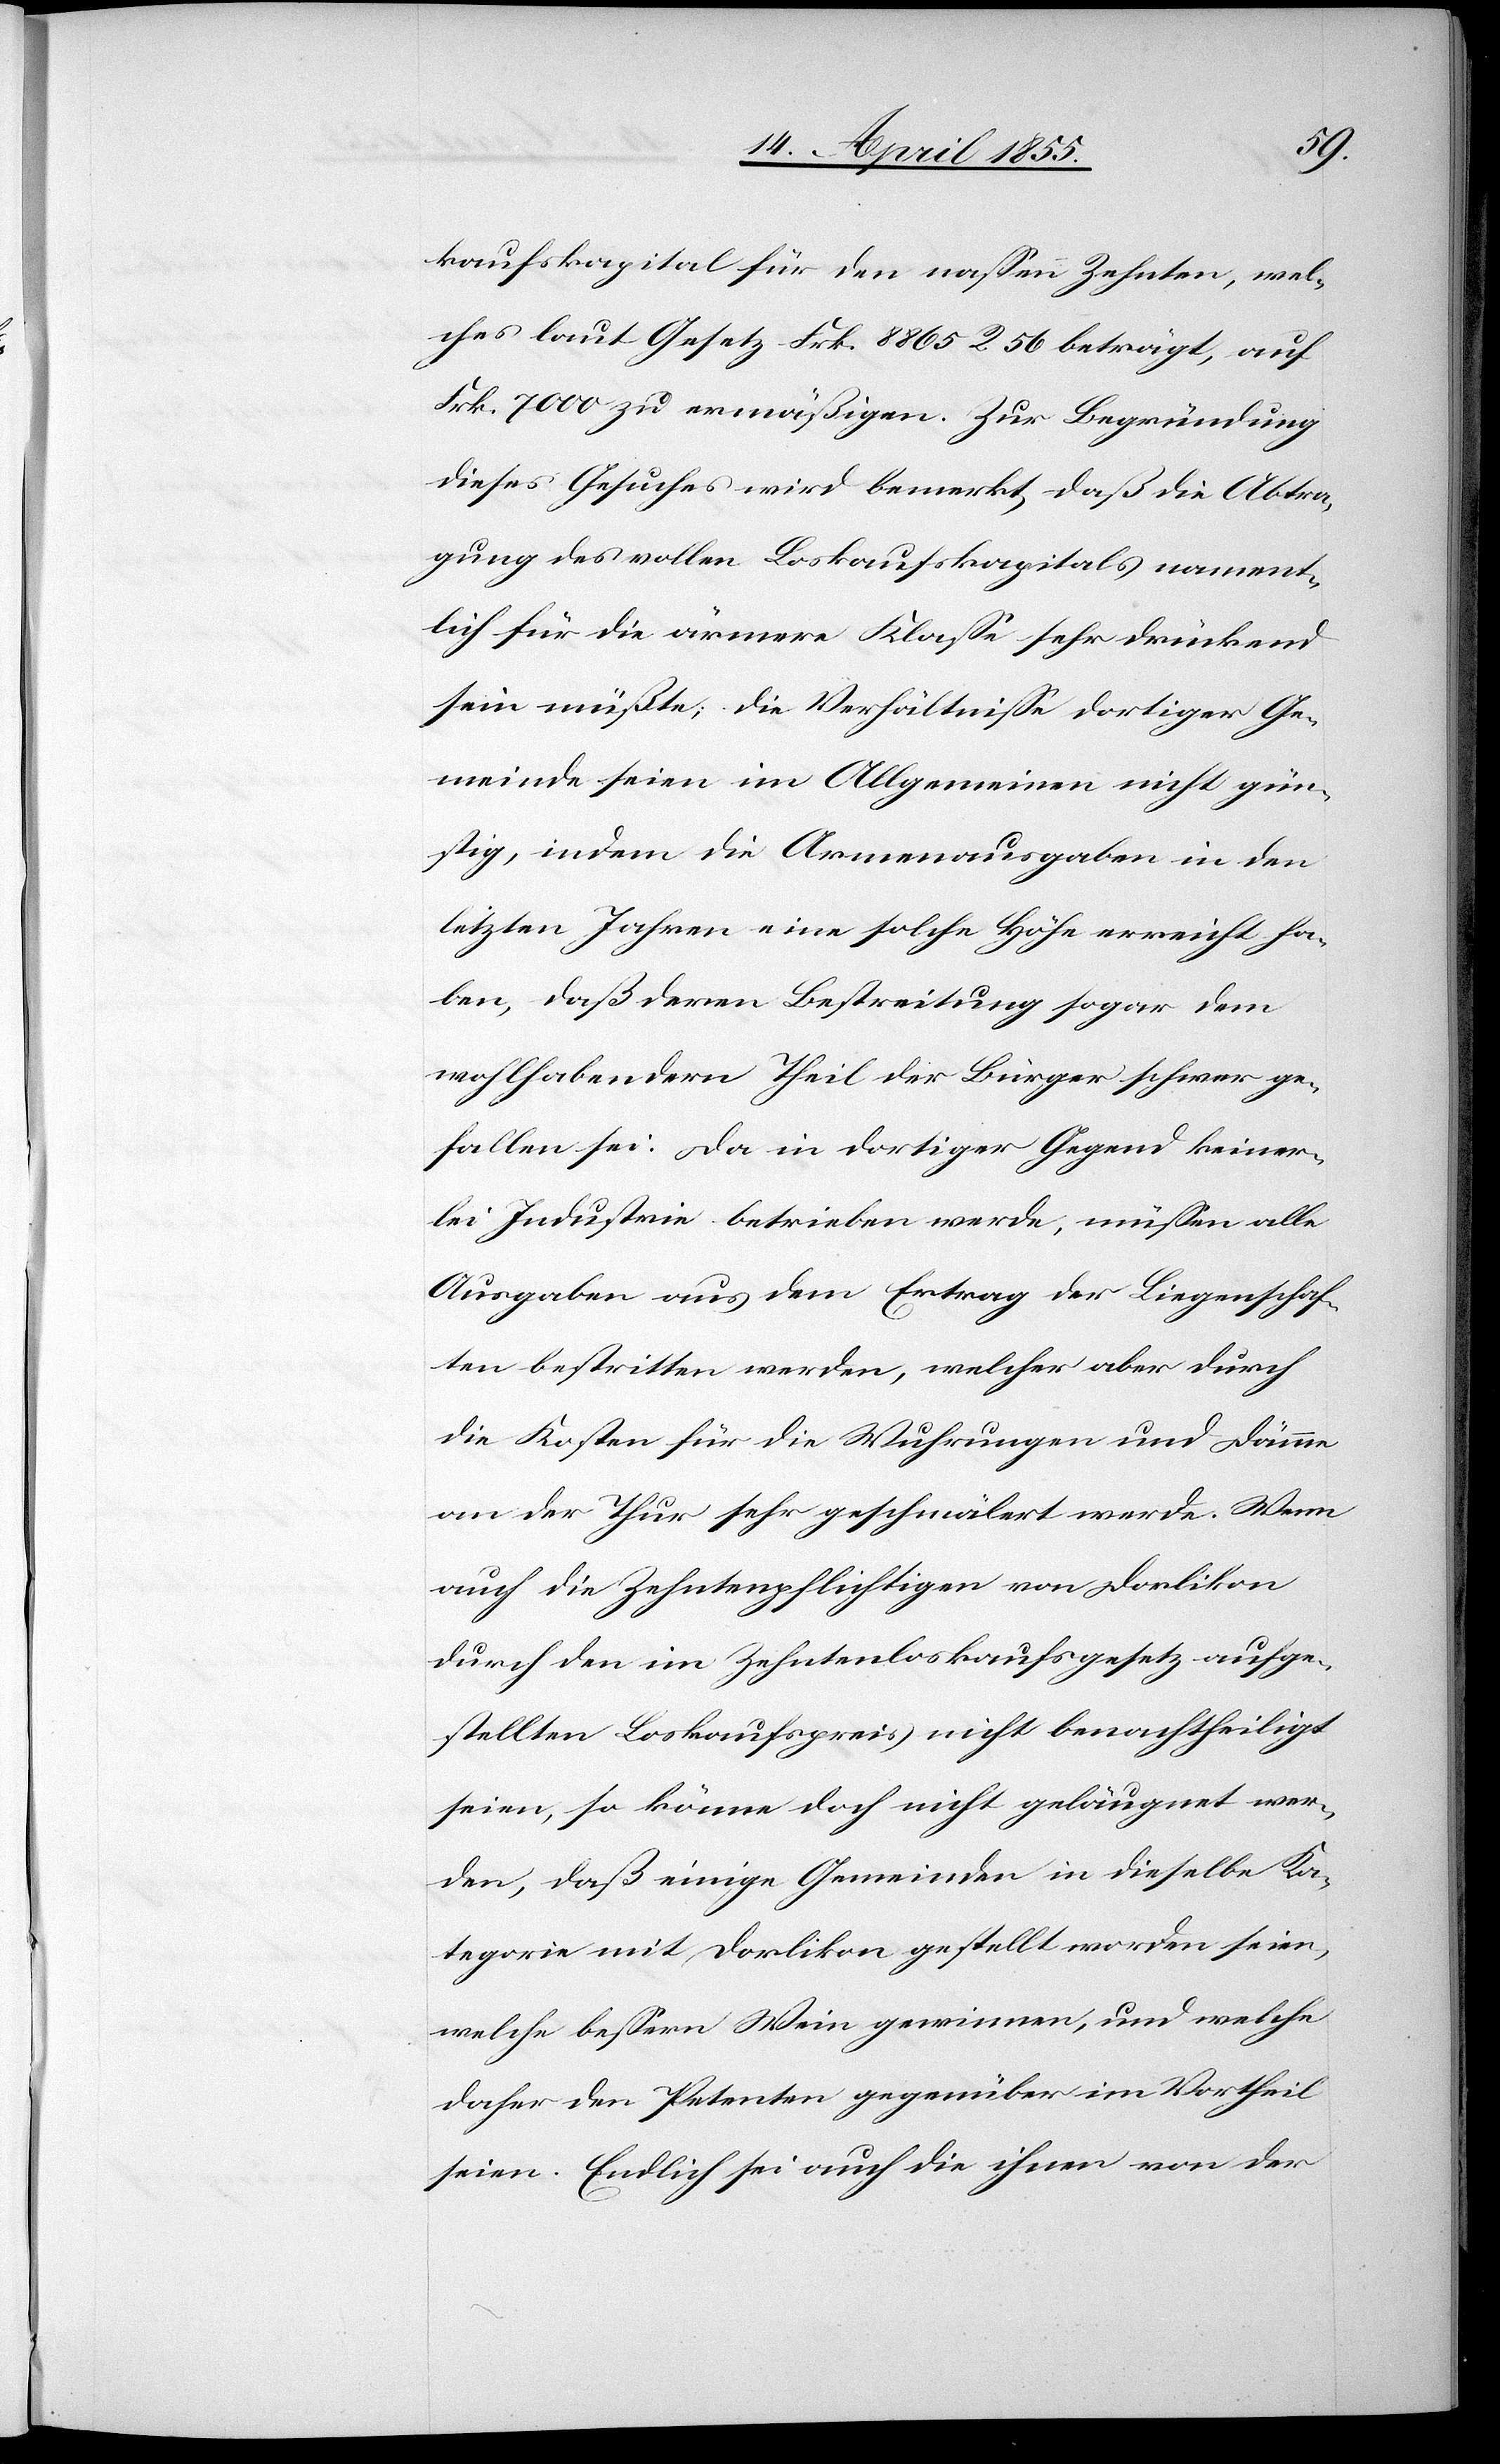
kaufskapital für den nassen Zehnten, wel¬
ches laut Gesetz Frk. 8865 R. 56 beträgt, auf
Frk. 7000 zu ermäßigen. Zur Begründung
dieses Gesuches wird bemerkt, daß die Abtra¬
gung des vollen Loskaufskapitals nament¬
lich für die ärmere Klasse sehr drückend
sein müßte; die Verhältnisse dortiger Ge¬
meinde seien im Allgemeinen nicht gün¬
stig, indem die Armenausgaben in den
letzten Jahren eine solche Höhe erreicht ha¬
ben, daß deren Bestreitung sogar dem
wohlhabendern Theil der Bürger schwer ge¬
fallen sei. Da in dortiger Gegend keiner¬
lei Industrie betrieben werde, müssen alle
Ausgaben aus dem Ertrag der Liegenschaf¬
ten bestritten werden, welcher aber durch
die Kosten für die Wuhrungen und Dämme
an der Thur sehr geschmälert werde. Wenn
auch die Zehntenpflichtigen von Dorlikon
durch den im Zehntenloskaufsgesetz aufge¬
stellten Loskaufspreis nicht benachtheiligt
seien, so könne doch nicht geläugnet wer¬
den, daß einige Gemeinden in dieselbe Ka¬
tegorie mit Dorlikon gestellt worden seien,
welche bessern Wein gewinnen, und welche
daher den Petenten gegenüber im Vortheil
seien. Endlich sei auch die ihnen von der